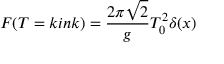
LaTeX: F ( T = k i n k ) = \frac { 2 \pi \sqrt { 2 } } { g } T _ { 0 } ^ { 2 } \delta ( x )